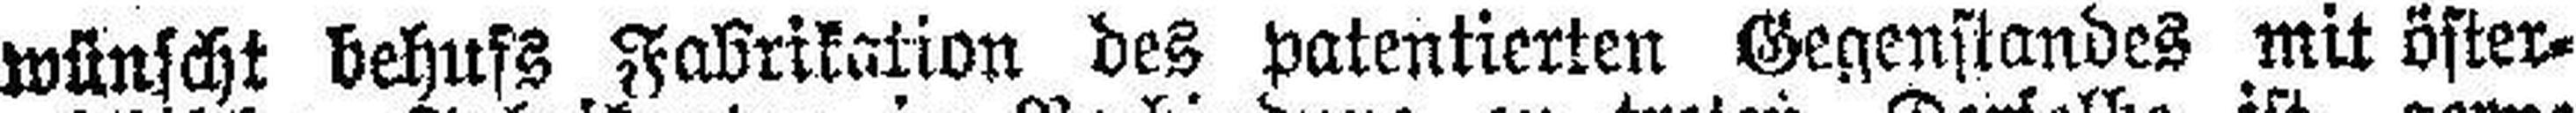
wünscht behufs Fabrikation des patentierten Gegenstandes mit öster¬